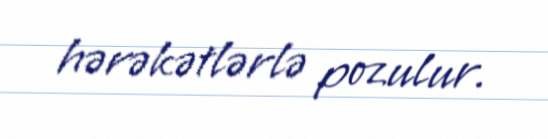
hərəkətlərlə pozulur.